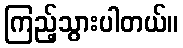
ကြည့်သွားပါတယ်။